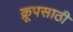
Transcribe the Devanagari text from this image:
क्रूपसाठी